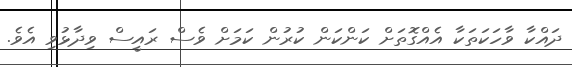
ދައްކާ ވާހަކަތަކާ އެއްގޮތަށް ކަންކަން ކުރުން ކަމަށް ވެސް ރައީސް ވިދާޅުވި އެވެ.